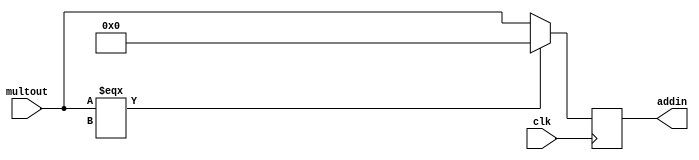
module dcfilter(multout, clk, addin);
input [15:0] multout;
input clk;

output [15:0] addin;

reg [15:0] addin;

always@(negedge clk)
begin
	if(multout === 16'bXXXXXXXXXXXXXXXX)
		addin = 16'b0000000000000000;
	else
		addin = multout;
end

endmodule